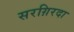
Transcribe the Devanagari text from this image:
सरग़िरदा